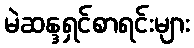
မဲဆန္ဒရှင်စာရင်းများ